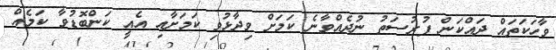
ވާހަކަތައް ދައްކަން ފުރުސަތު ނުދެއްވާނެ ކަމަށް ވިދާޅުވި ކަމަށާއި އެއީ ކަންބޮޑުވާ ކަމެއް